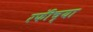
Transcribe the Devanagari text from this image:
रफींच्या